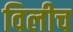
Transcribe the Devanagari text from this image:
विलीच